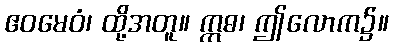
ဧဝမေဝံ၊ ထို့အတူ။ ဣဓ၊ ဤလောက၌။